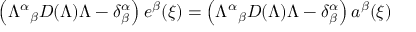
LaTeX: \left( { \Lambda ^ { \alpha } } _ { \beta } D ( \Lambda ) \Lambda - \delta _ { \beta } ^ { \alpha } \right) e ^ { \beta } ( \xi ) = \left( { \Lambda ^ { \alpha } } _ { \beta } D ( \Lambda ) \Lambda - \delta _ { \beta } ^ { \alpha } \right) a ^ { \beta } ( \xi )